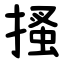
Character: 搔